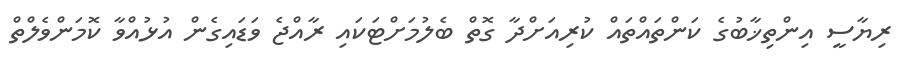
ރިޔާސީ އިންތިޚާބުގެ ކަންތައްތައް ކުރިއަށްދާ ގޮތް ބެލުމަށްޓަކައި ރާއްޖެ ވަޑައިގެން އުޅުއްވާ ކޮމަންވެލްތް